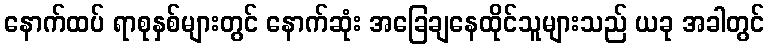
နောက်ထပ် ရာစုနှစ်များတွင် နောက်ဆုံး အခြေချနေထိုင်သူများသည် ယခု အခါတွင်